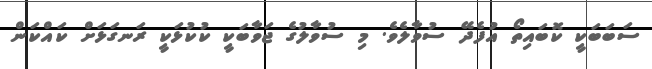
ސަބަބަކީ ކޮބައިތޯ އުފެދޭ ސުވާލެވެ. މި ސުވާލުގެ ޖަވާބަކީ ކުކުޅަކީ ރަނގަޅަށް ކައްކަން